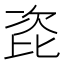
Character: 𭯎